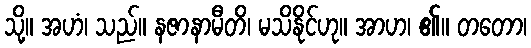
သို့။ အဟံ၊ သည်။ နဇာနာမီတိ၊ မသိနိုင်ဟု။ အာဟ၊ ၏။ တတော၊